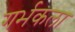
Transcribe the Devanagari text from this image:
गर्भकला